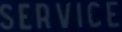
SERVICE